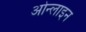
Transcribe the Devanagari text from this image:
ओन्लाइन